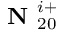
\textbf { N } _ { 2 0 } ^ { i + }